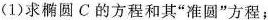
(1)求椭圆C的方程和其”准圆”方程；